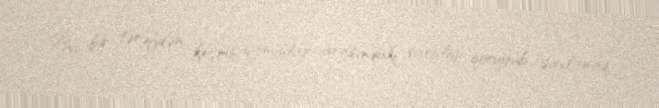
Bu bir tərəfdən keçmiş qanunlar arasındakı varisliyi qoruyub saxlamaq